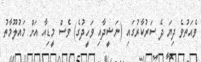
ވެއަތުވެ ދިޔަ ދެ ސަރުކާރުގައި (ނަޝީދާއި ވަހީދުގެ) ވެސް މީޑިއާ އަށް މައުލޫމާތު